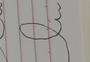
Signature authenticity: forged